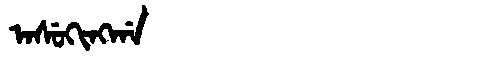
Manchu: ᠠᠰᡠᡴᡳᠩᡤᠠ
Romanization: ASUKINGGA